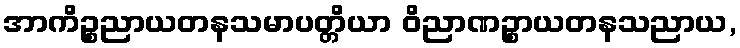
အာကိဉ္စညာယတနသမာပတ္တိယာ ဝိညာဏဉ္စာယတနသညာယ,